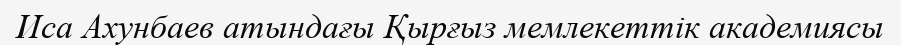
Иса Ахунбаев атындағы Қырғыз мемлекеттік академиясы